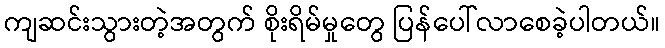
ကျဆင်းသွားတဲ့အတွက် စိုးရိမ်မှုတွေ ပြန်ပေါ်လာစေခဲ့ပါတယ်။